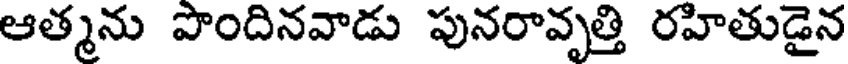
ఆత్మను పొందినవాడు పునరావృత్తి రహితుడైన